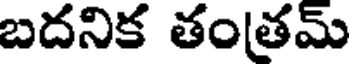
బదనిక తంతమ్